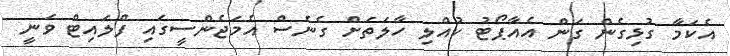
އެކަމާ ގުޅިގެން ގަން އެއާޕޯޓު ކުއްލި ހާލަތަށް ގެނެސް އެމަޖެންސީގައި ފްލައިޓް ވަނީ